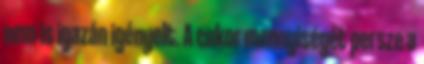
nem is igazán igényelt. A cukor mennyiségét persze a